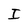
Character: I